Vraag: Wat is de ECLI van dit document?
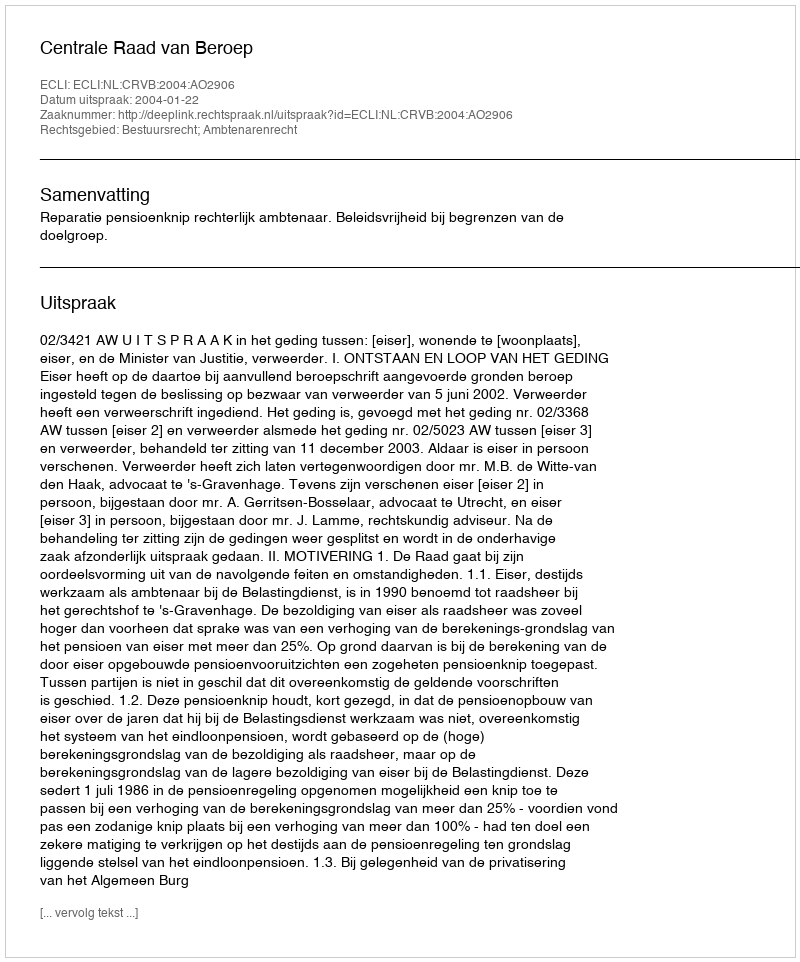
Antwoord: ECLI:NL:CRVB:2004:AO2906